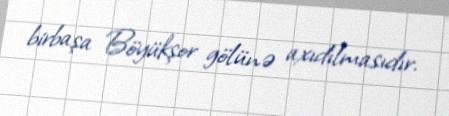
birbaşa Böyükşor gölünə axıdılmasıdır.